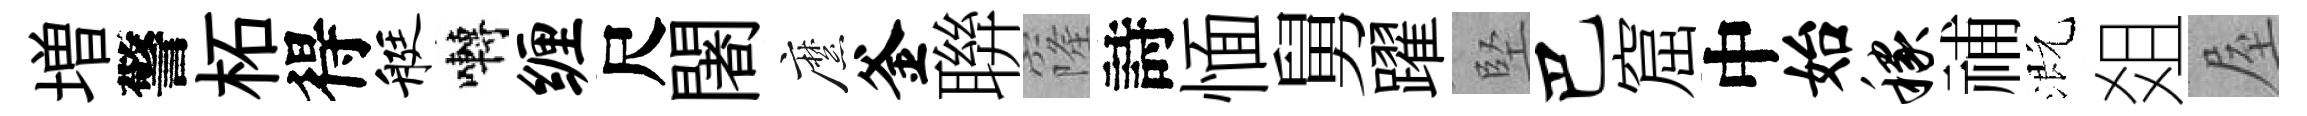
増警柘得艇囀缠尺闍縻釜聨窿詩愐舅躍堅巴窟中始稼𥙷溉爼屋